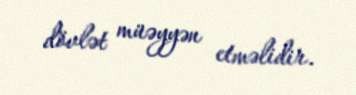
dövlət müəyyən etməlidir.